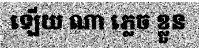
ឡើយ ណា ភ្លេច ខ្លួន